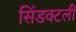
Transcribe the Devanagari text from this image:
सिंडक्टली